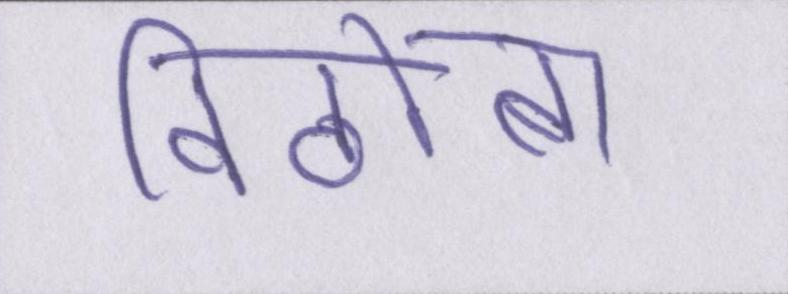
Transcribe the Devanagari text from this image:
विठोबा